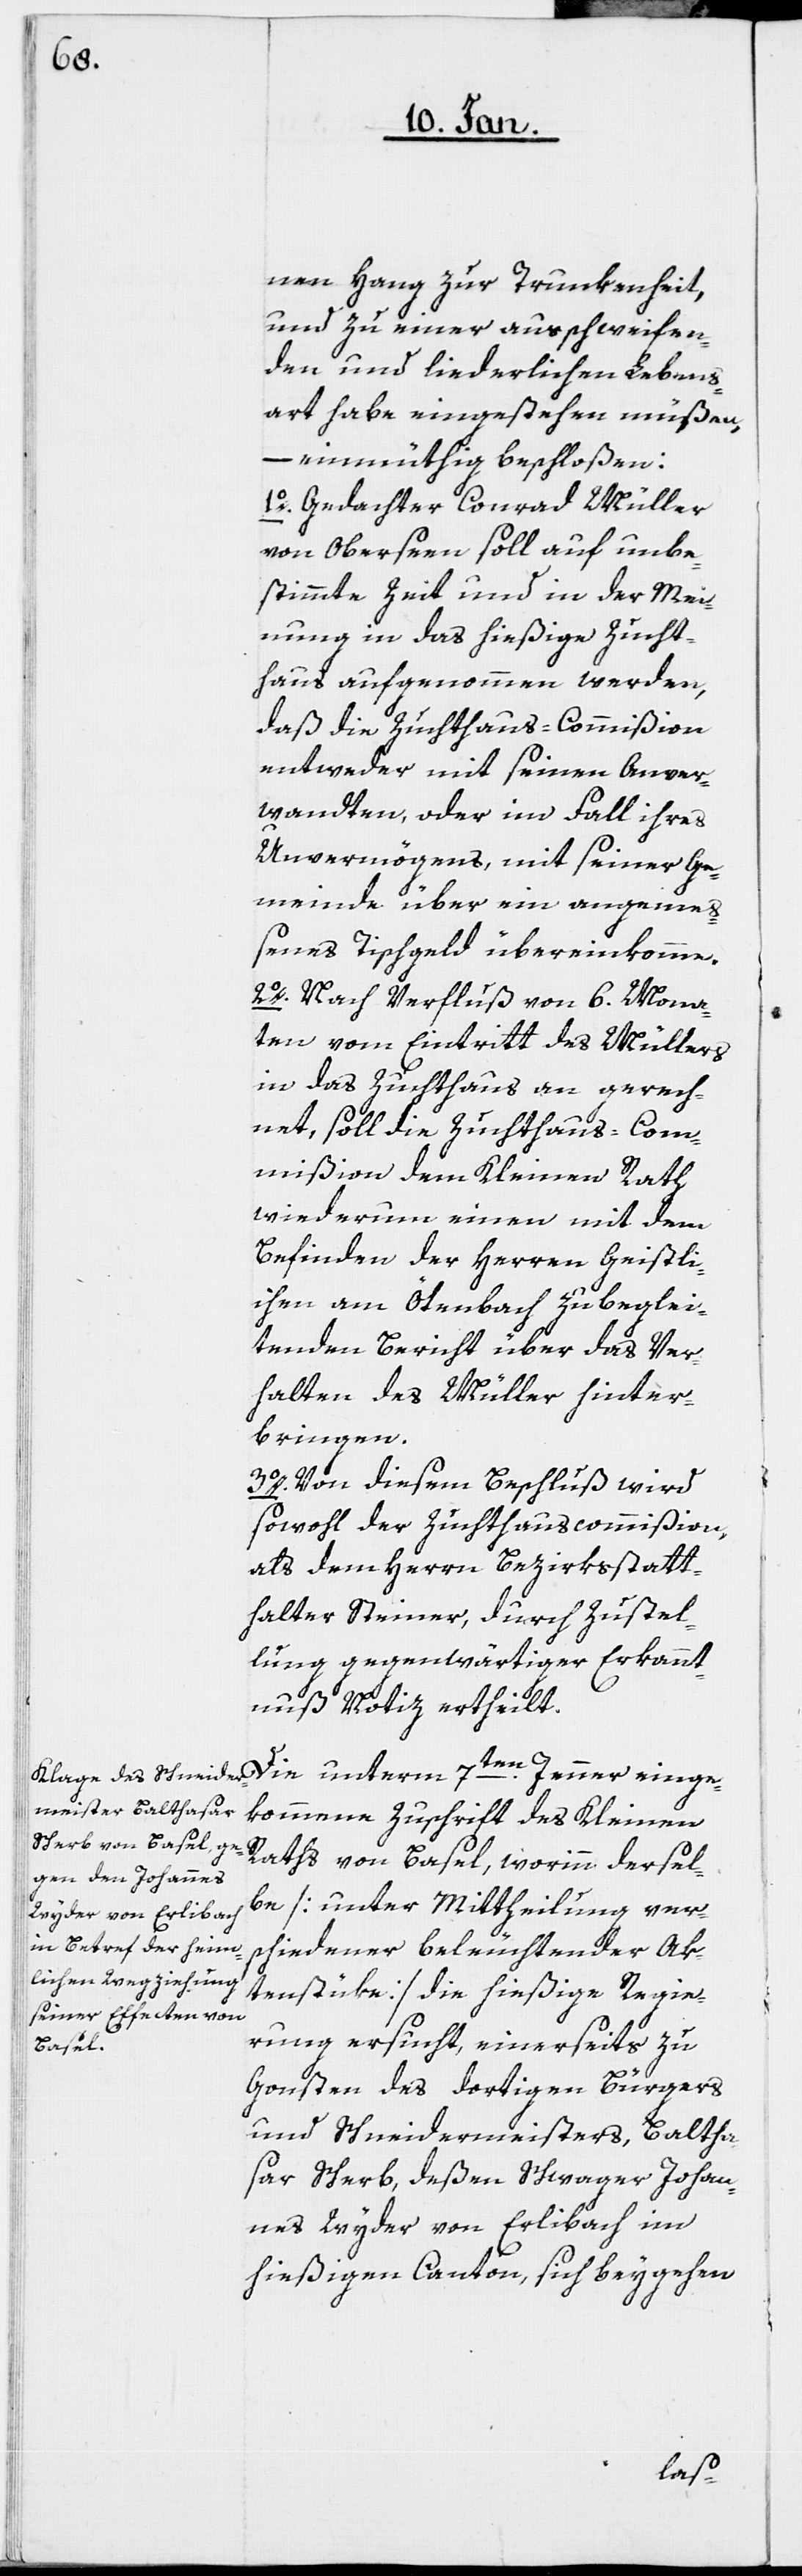
nen Hang zur Trunkenheit,
und zu einer ausschweifen¬
den und liederlichen Lebens¬
art habe eingestehen müßen,
einge¬
einmüthig beschloßen:
1o. Gedachter Conrad Müller
von Oberseen soll auf unbe¬
stimmte Zeit und in der Mei¬
nung in das hießige Zucht¬
haus aufgenommen werden,
daß die Zuchthaus-Commißion
entweder mit seinen Anver¬
wandten, oder im Fall ihres
Unvermögens, mit seiner Ge¬
meinde über ein angemeß¬
enes Tischgeld übereinkomme.
2o. Nach Verfluß von 6. Mona¬
ten vom Eintritt des Müllers
in das Zuchthaus an gerech¬
net, soll die Zuchthaus-Com¬
mißion dem Kleinen Rath
wiederum einen mit dem
Befinden der Herren Geistli¬
chen am Ötenbach zu beglei¬
tenden Bericht über das Ver¬
halten des Müller hinter¬
bringen.
3o. Von diesem Beschluß wird
sowohl der Zuchthauscommißion
als dem Herrn Bezirksstatt¬
halter Steiner, durch Zustel¬
lung gegenwärtiger Erkannt¬
nuß Notiz ertheilt.
kommene Zuschrift des Kleinen
Raths von Basel, worinn dersel¬
be [unter Mittheilung ver¬
schiedener beleuchtender Ak¬
tenstüke] die hießige Regie¬
rung ersucht, einerseits zu
Gonsten des dortigen Bürgers
und Schneidermeisters Baltha¬
sar Scherb, deßen Schwager Johan¬
nes Wyder von Erlibach im
hießigen Canton, sich beygehen